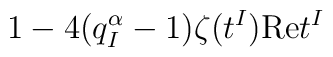
\,1 - 4(q^\alpha_I - 1)\zeta(t^I){\rm Re}t^I\,